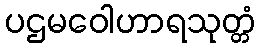
ပဌမဝေါဟာရသုတ္တံ